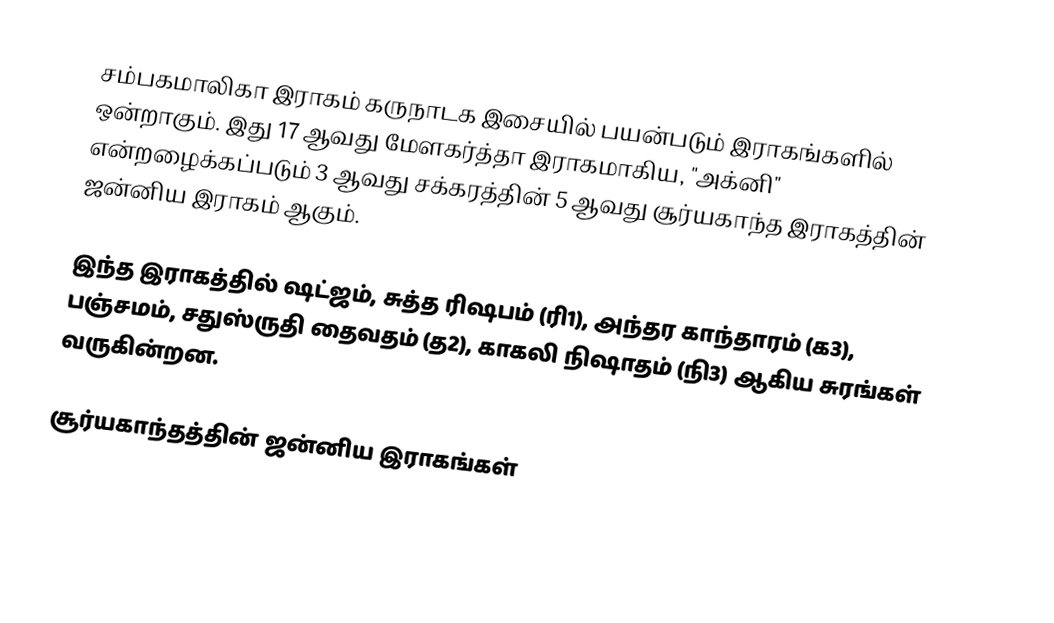
சம்பகமாலிகா இராகம் கருநாடக இசையில் பயன்படும் இராகங்களில் ஒன்றாகும். இது 17 ஆவது மேளகர்த்தா இராகமாகிய, "அக்னி" என்றழைக்கப்படும் 3 ஆவது சக்கரத்தின் 5 ஆவது சூர்யகாந்த இராகத்தின் ஜன்னிய இராகம் ஆகும்.

இந்த இராகத்தில் ஷட்ஜம், சுத்த ரிஷபம் (ரி1),  அந்தர காந்தாரம் (க3), பஞ்சமம், சதுஸ்ருதி தைவதம் (த2), காகலி நிஷாதம்  (நி3) ஆகிய சுரங்கள் வருகின்றன.

சூர்யகாந்தத்தின் ஜன்னிய இராகங்கள்